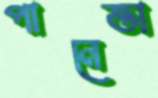
পানেত্তা